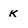
Character: k